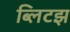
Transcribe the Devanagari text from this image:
ब्लिटझ